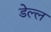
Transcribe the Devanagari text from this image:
डेल्ल